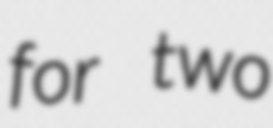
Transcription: for two